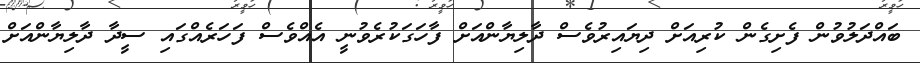
ބައްދަލުވުން ފެށިގެން ކުރިއަށް ދިޔައިރުވެސް ދާލިޔާންއަށް ފާހަގަކުރެވުނީ އެއްވެސް ފަހަރެއްގައި ސީދާ ދާލިޔާންއަށް